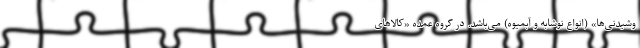
وشیدنی‌ها» (انواع نوشابه و آبمیوه) می‌باشد. در گروه عمده «کالاهای